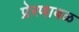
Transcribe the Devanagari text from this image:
प्रेरणाबळ